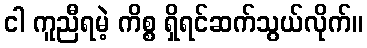
ငါ ကူညီရမဲ့ ကိစ္စ ရှိရင်ဆက်သွယ်လိုက်။